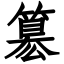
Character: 簒